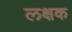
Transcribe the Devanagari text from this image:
लक्षक